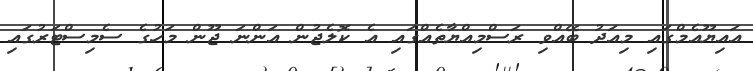
އައިޔޫއެމްގައި މިއަދު ބޭއްވި ރަސްމިއްޔާތެއްގައި އެ ކޮލެޖުން އަންނަ ޖޫން މަހުގެ ސެމިސްޓަރުގައި